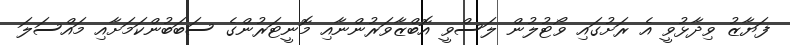
ފަޔާޒު ވިދާޅުވީ އެ ރަށުގައި ވޯޓުލުން ލަސްވީ އޮބްޒާވަރުންނާއި މޮނީޓަރުންގެ ސަބަބުންކަމަށާއި މައްސަލަ